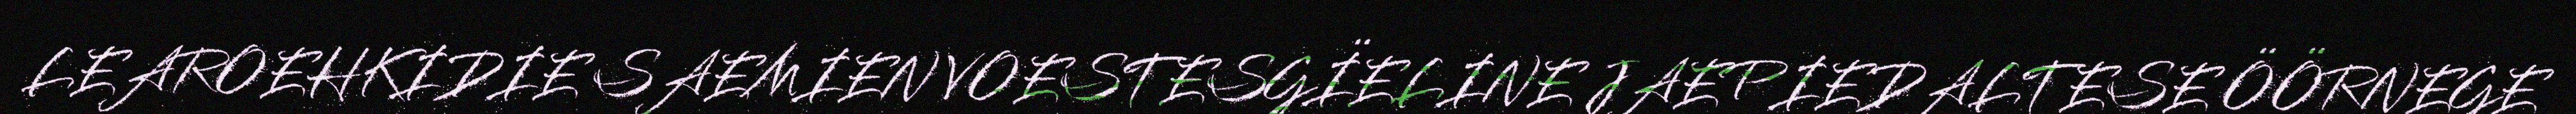
LEAROEHKIDIE SAEMIEN VOESTESGÏELINE JAEPIEDALTESE ÖÖRNEGE